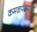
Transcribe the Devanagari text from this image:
कमळपक्ष्याची